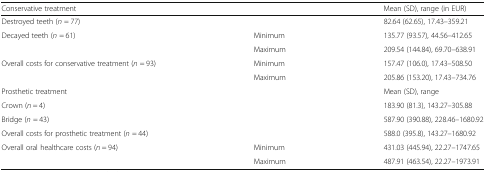
| <COLSPAN=2> Conservative treatment | Mean (SD), range (in EUR) |
 | --- | --- | --- |
 | <COLSPAN=2> Destroyed teeth (n = 77) | 82.64 (62.65), 17.43–359.21 |
 | <ROWSPAN=2> Decayed teeth (n = 61) | Minimum | 135.77 (93.57), 44.56–412.65 |
 | Maximum | 209.54 (144.84), 69.70–638.91 |
 | <ROWSPAN=2> Overall costs for conservative treatment (n = 93) | Minimum | 157.47 (106.0), 17.43–508.50 |
 | Maximum | 205.86 (153.20), 17.43–734.76 |
 | <COLSPAN=2> Prosthetic treatment | Mean (SD), range |
 | <COLSPAN=2> Crown (n = 4) | 183.90 (81.3), 143.27–305.88 |
 | <COLSPAN=2> Bridge (n = 43) | 587.90 (390.88), 228.46–1680.92 |
 | <COLSPAN=2> Overall costs for prosthetic treatment (n = 44) | 588.0 (395.8), 143.27–1680.92 |
 | <ROWSPAN=2> Overall oral healthcare costs (n = 94) | Minimum | 431.03 (445.94), 22.27–1747.65 |
 | Maximum | 487.91 (463.54), 22.27–1973.91 |